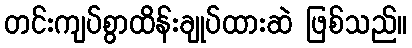
တင်းကျပ်စွာထိန်းချုပ်ထားဆဲ ဖြစ်သည်။